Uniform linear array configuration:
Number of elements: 24
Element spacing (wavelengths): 1
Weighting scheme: hann
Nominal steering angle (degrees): -15
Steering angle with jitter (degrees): -13.092
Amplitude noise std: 0.05
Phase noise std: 0.05

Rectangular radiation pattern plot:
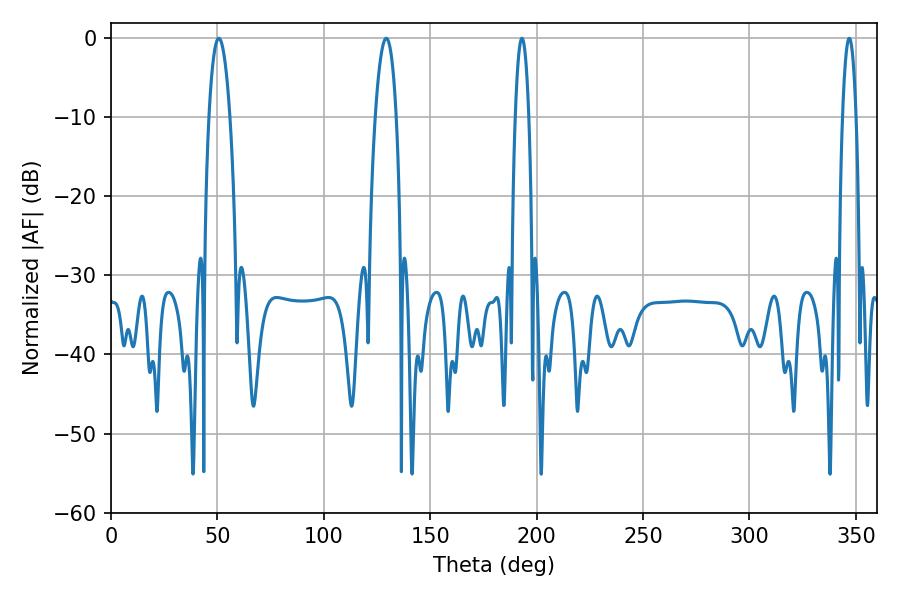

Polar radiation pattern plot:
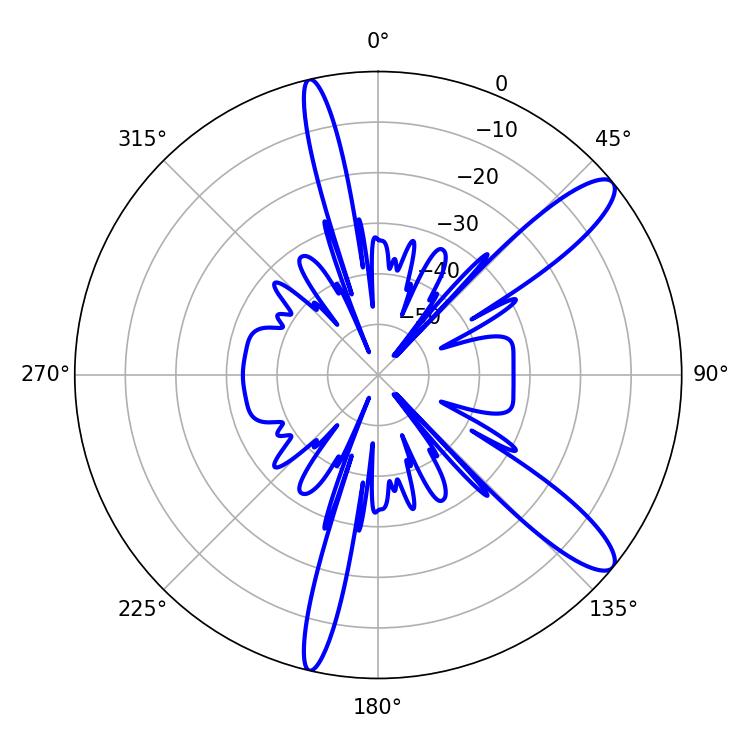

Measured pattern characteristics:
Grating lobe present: TRUE
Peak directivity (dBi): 11.903
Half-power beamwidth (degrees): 3.6
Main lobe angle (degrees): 193.14